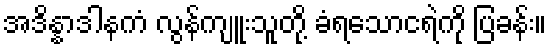
အဒိန္နာဒါနကံ လွန်ကျူးသူတို့ ခံရသောငရဲကို ပြခန်း။